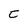
Character: C